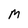
Character: M